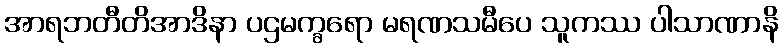
အာရဘတီတိအာဒိနာ ပဌမက္ခရော မရဏသမီပေ သူကဿ ပါသာဏာနိ